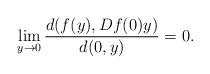
LaTeX: \begin{align*}\lim_{y\to 0}\frac{d(f(y),Df(0)y)}{d(0,y)}=0.\end{align*}